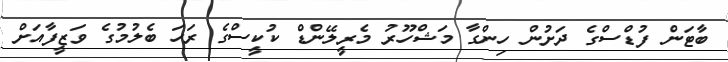
ބާޓަން ފުޑްސްގެ ދަށުން ހިންގާ މަޝްހޫރު މެރީލޭންޑް ކުކީސްގެ ރަހަ ބެލުމުގެ ވަޒީފާއަށް